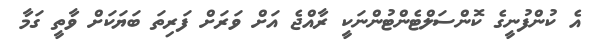
އެ ކުންފުނީގެ ކޮންސަލްޓެންޓުންނަކީ ރާއްޖެ އަށް ވަރަށް ފަރިތަ ބަޔަކަށް ވާތީ ގަމާ